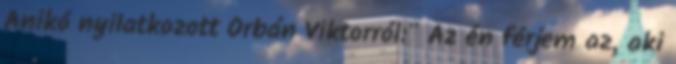
Anikó nyilatkozott Orbán Viktorról:" Az én férjem az, aki